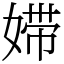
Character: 㛿